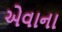
એવાના